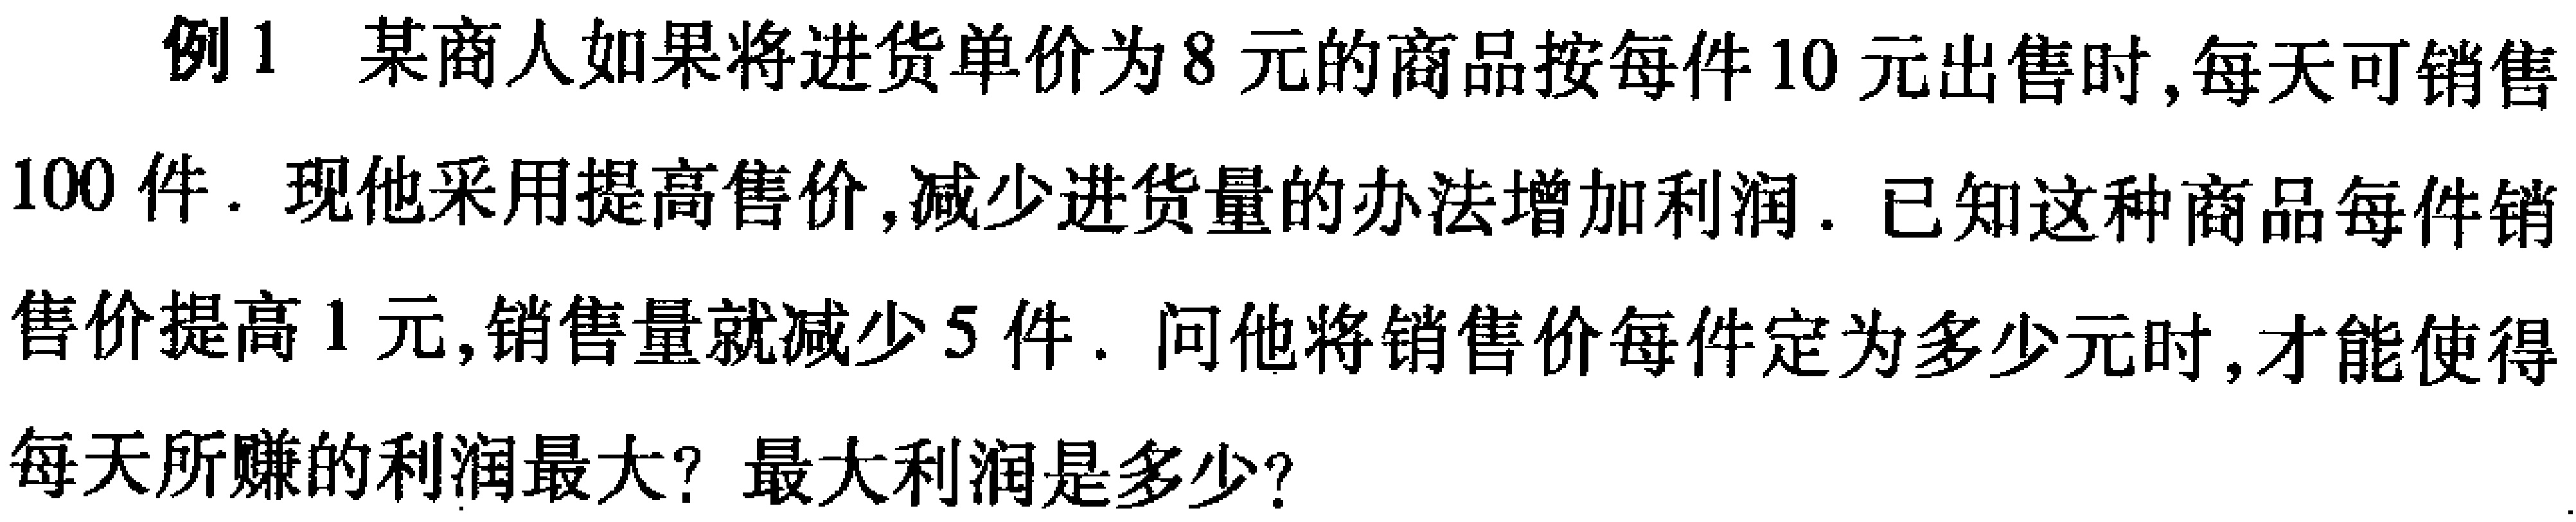
例1 某商人如果将进货单价为8元的商品按每件10元出售时,每天可销售100件. 现他采用提高售价,减少进货量的办法增加利润. 已知这种商品每件销售价提高1元,销售量就减少5件. 问他将销售价每件定为多少元时,才能使得每天所赚的利润最大? 最大利润是多少?